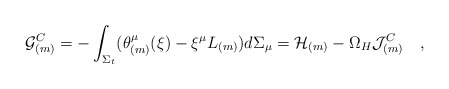
\begin{align*}{\cal G}^C_{(m)}=-\int_{\Sigma_t}(\theta_{(m)}^\mu(\xi)-\xi^\mu L_{(m)})d\Sigma_\mu={\cal H}_{(m)}-\Omega_H{\cal J}_{(m)}^C~~~,\end{align*}